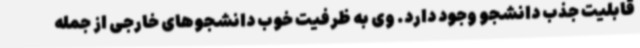
قابلیت جذب دانشجو وجود دارد. وی به ظرفیت خوب دانشجوهای خارجی از جمله